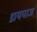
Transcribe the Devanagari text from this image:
डायपाज